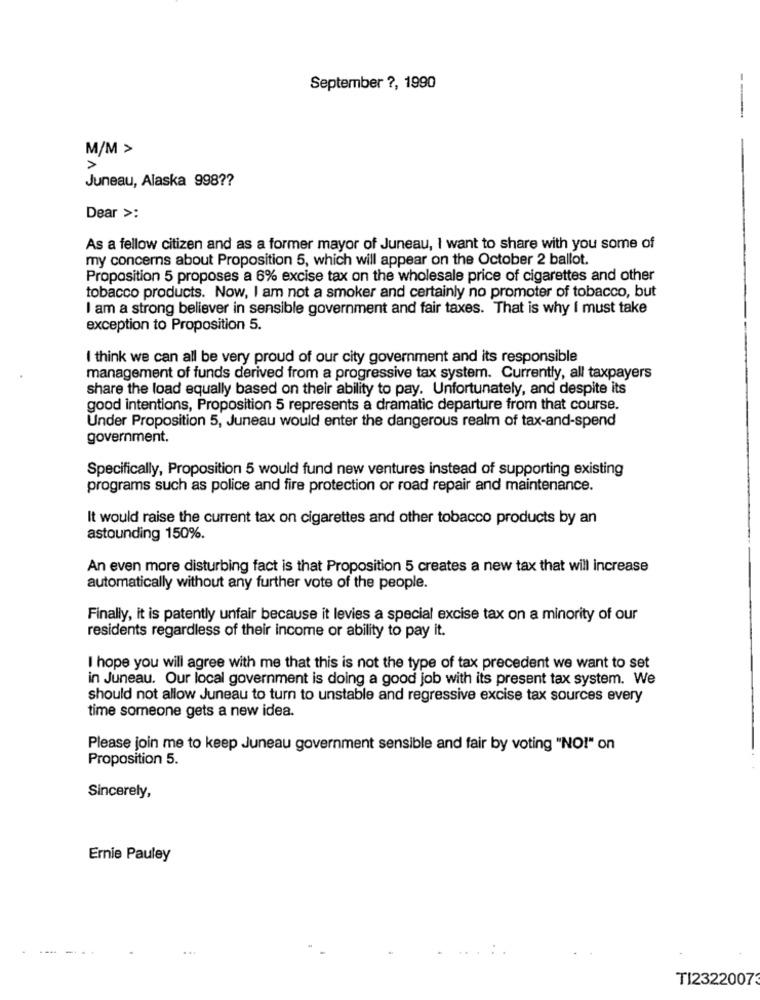
September ?, 1990
---
M/M >
>
Juneau, Alaska 998 ??
Dear >:
As a fellow citizen and as a former mayor of Juneau, I want to share with you some of
my concerns about Proposition 5, which will appear on the October 2 ballot.
Proposition 5 proposes a 6% excise tax on the wholesale price of cigarettes and other
tobacco products. Now, I am not a smoker and certainly no promoter of tobacco, but
I am a strong believer in sensible government and fair taxes. That is why I must take
exception to Proposition 5.
I think we can all be very proud of our city government and its responsible
management of funds derived from a progressive tax system. Currently, all taxpayers
share the load equally based on their ability to pay. Unfortunately, and despite its
good intentions, Proposition 5 represents a dramatic departure from that course.
Under Proposition 5, Juneau would enter the dangerous realm of tax-and-spend
government.
Specifically, Proposition 5 would fund new ventures instead of supporting existing
programs such as police and fire protection or road repair and maintenance.
It would raise the current tax on cigarettes and other tobacco products by an
astounding 150%.
An even more disturbing fact is that Proposition 5 creates a new tax that will increase
automatically without any further vote of the people.
Finally, it is patently unfair because it levies a special excise tax on a minority of our
residents regardless of their income or ability to pay it.
I hope you will agree with me that this is not the type of tax precedent we want to set
in Juneau. Our local government is doing a good job with its present tax system. We
should not allow Juneau to turn to unstable and regressive excise tax sources every
time someone gets a new idea.
Please join me to keep Juneau government sensible and fair by voting "NO!" on
Proposition 5.
Sincerely,
Ernie Pauley
TI23220073